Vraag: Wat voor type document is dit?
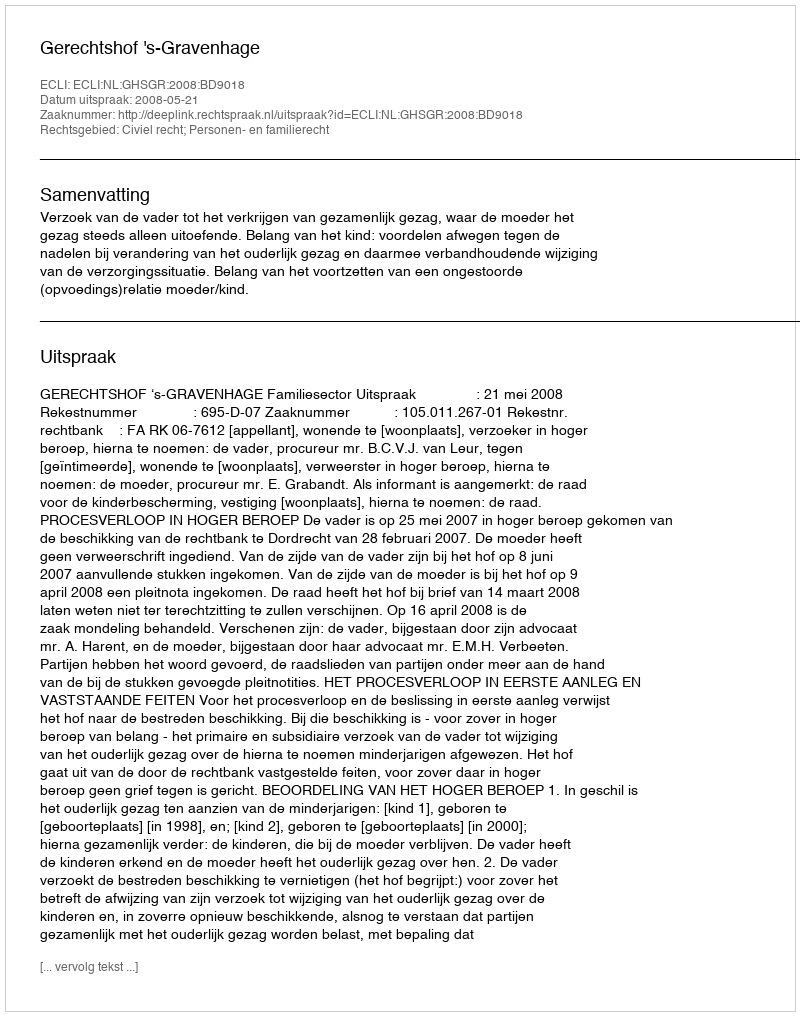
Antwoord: Uitspraak